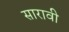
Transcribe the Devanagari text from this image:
सारावी